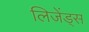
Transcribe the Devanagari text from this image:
लिजेंड्स